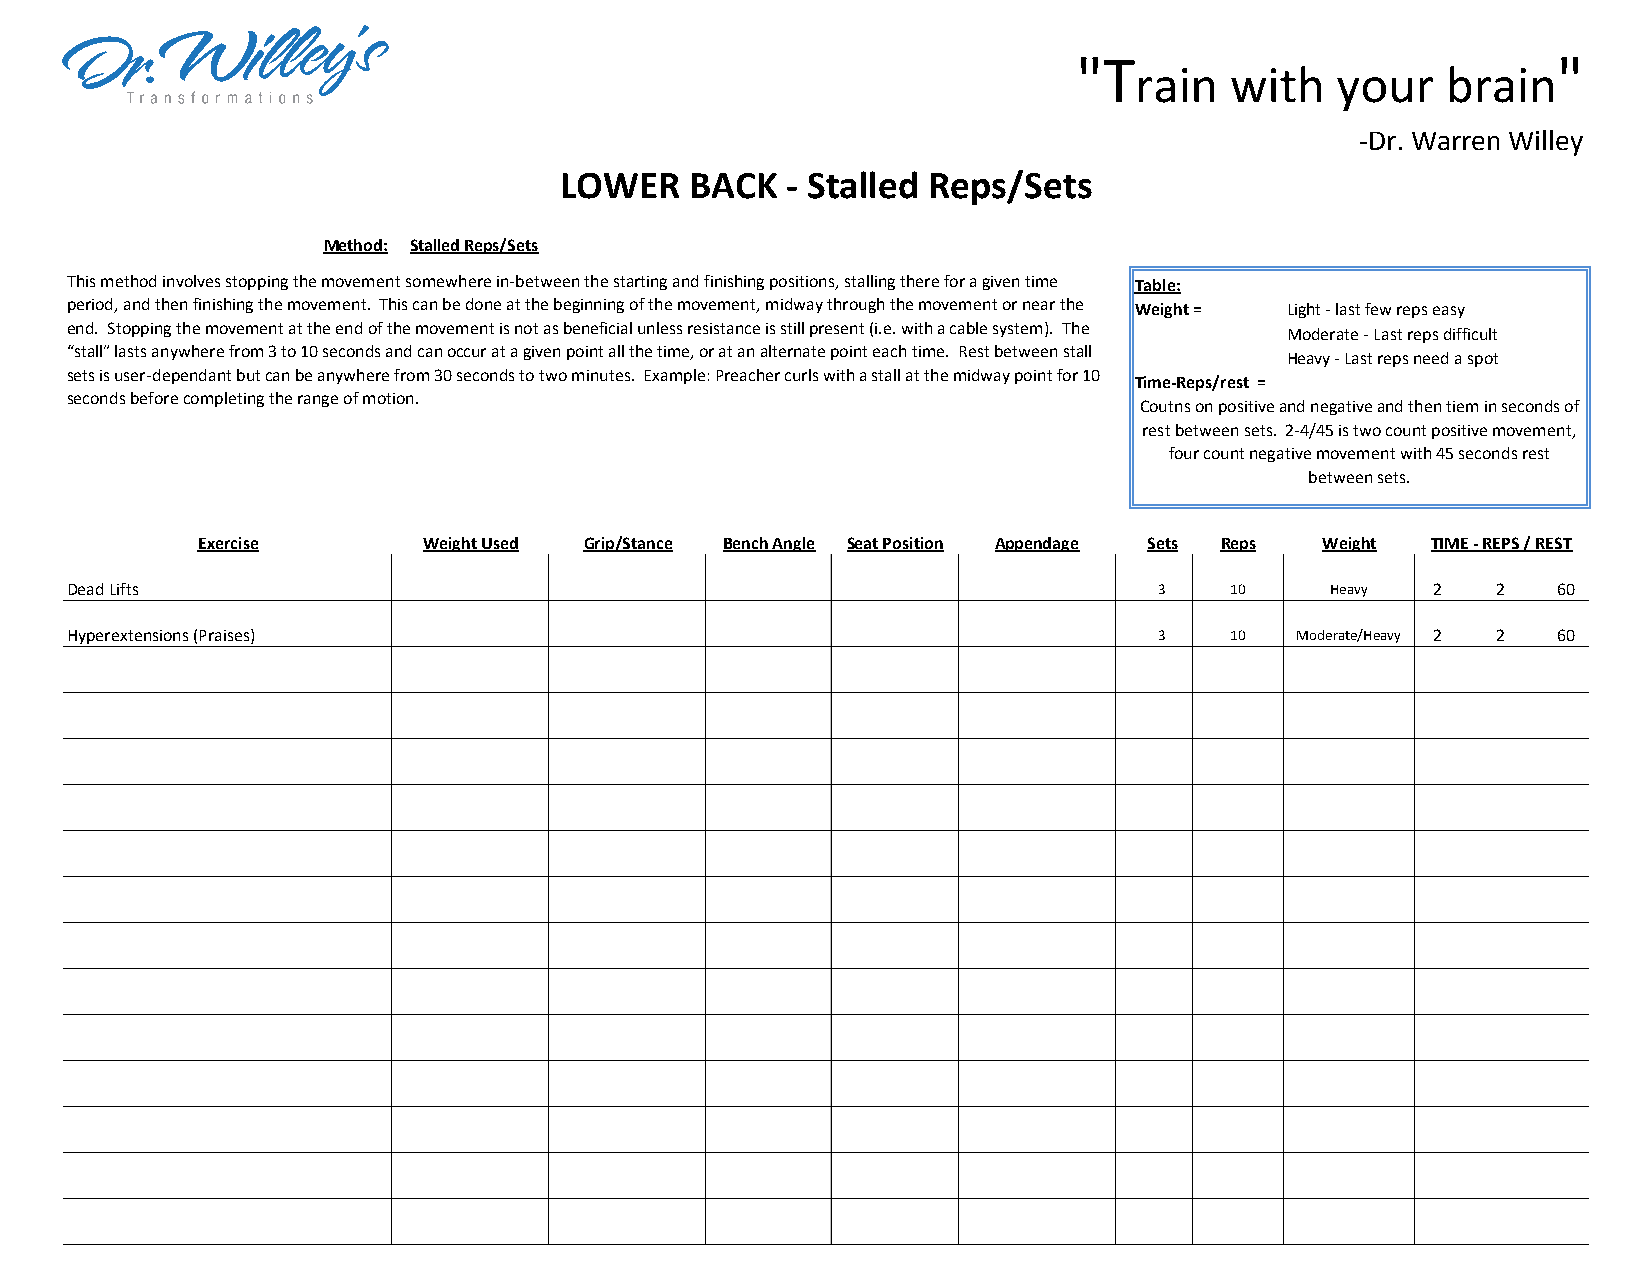
"T                              "
 rain  with   your    brain
 -Dr. Warren Willey
 LOWER    BACK  - Stalled Reps/Sets
 Method: Stalled Reps/Sets
 This method involves stopping the movement somewhere in-between the starting and finishing positions, stalling there for a given time Table:
 period, and then finishing the movement. This can be done at the beginning of the movement, midway through the movement or near the Weight = Light - last few reps easy
 end. Stopping the movement at the end of the movement is not as beneficial unless resistance is still present (i.e. with a cable system). The Moderate - Last reps difficult
 “stall” lasts anywhere from 3 to 10 seconds and can occur at a given point all the time, or at an alternate point each time. Rest between stall
 Heavy - Last reps need a spot
 sets is user-dependant but can be anywhere from 30 seconds to two minutes. Example: Preacher curls with a stall at the midway point for 10
 Time-Reps/rest =
 seconds before completing the range of motion.
 Coutns on positive and negative and then tiem in seconds of
 rest between sets. 2-4/45 is two count positive movement,
 four count negative movement with 45 seconds rest
 between sets.
 Exercise       Weight Used Grip/Stance Bench Angle Seat Position Appendage Sets Reps Weight TIME - REPS / REST
 Dead Lifts                                                               3   10     Heavy  2   2   60
 Hyperextensions (Praises)                                                3   10   Moderate/Heavy 2 2 60